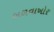
બળવાખોર